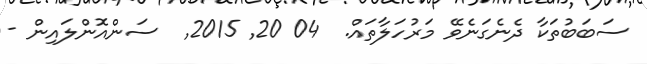
ސަބަބުތަކާ ދެނެގަނެވޭ މަރުހަލާތައް.  04 20